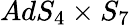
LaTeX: AdS_{4}\times S_{7}